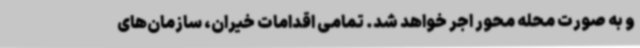
و به صورت محله محور اجر خواهد شد. تمامی اقدامات خیران، سازمان‌های